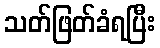
သတ်ဖြတ်ခံရပြီး